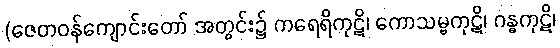
(ဇေတဝန်ကျောင်းတော် အတွင်း၌ ကရေရိကုဋိ၊ ကောသမ္ဗကုဋိ၊ ဂန္ဓကုဋိ၊